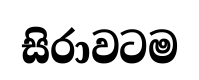
සිරාවටම